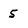
Character: 5